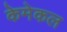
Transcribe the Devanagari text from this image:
केमेकल